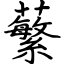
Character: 蘩